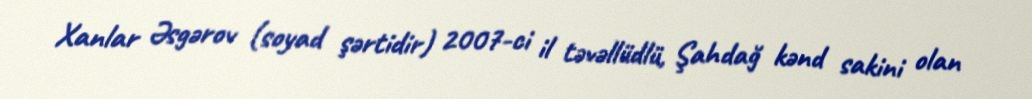
Xanlar Əsgərov (soyad şərtidir) 2007-ci il təvəllüdlü, Şahdağ kənd sakini olan